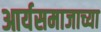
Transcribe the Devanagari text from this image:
आर्यसमाजाच्या